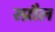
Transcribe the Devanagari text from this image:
स्प्रौल